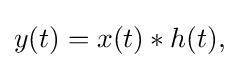
{\textstyle y(t)=x(t)*h(t),}